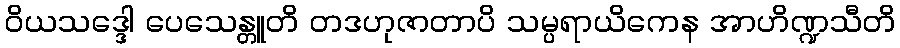
ဝိယသဒ္ဒေါ ပေသေန္တူတိ တဒဟုဇာတာပိ သမ္ပရာယိကေန အာဟိဏ္ဍသီတိ